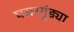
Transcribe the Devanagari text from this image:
घसरगुंड्या